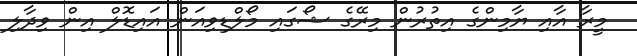
މީރާ އާއި ޔާމިންގެ އިތުރުން މިރޭގެ ޝޯގައި މޯލްޑިވިއަން އައިޑޮލް އިން ވިދާލި